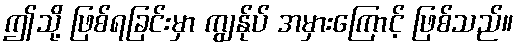
ဤသို့ ဖြစ်ရခြင်းမှာ ကျွန်ုပ် အမှားကြောင့် ဖြစ်သည်။